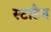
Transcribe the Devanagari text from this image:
स्टाटेन